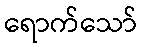
ရောက်သော်